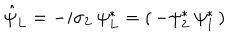
\hat { \psi } _ { L } = - i \sigma _ { 2 } ~ \psi _ { L } ^ { \ast } = \left( \begin{array} { c } { { - \psi _ { 2 } ^ { \ast } \ \psi _ { 1 } ^ { \ast } } } \\ \end{array} \right)